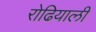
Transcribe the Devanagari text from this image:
रोढियाली